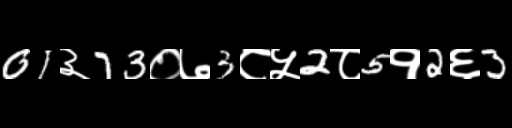
Text: 01३73०७3८५2८5१2६3